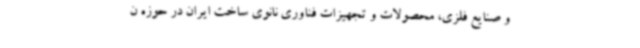
و صنایع فلزی، محصولات و تجهیزات فناوری نانوی ساخت ایران در حوزه ن